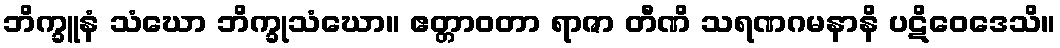
ဘိက္ခူနံ သံဃော ဘိက္ခုသံဃော။ ဧတ္တာဝတာ ရာဇာ တီဏိ သရဏဂမနာနိ ပဋိဝေဒေသိ။